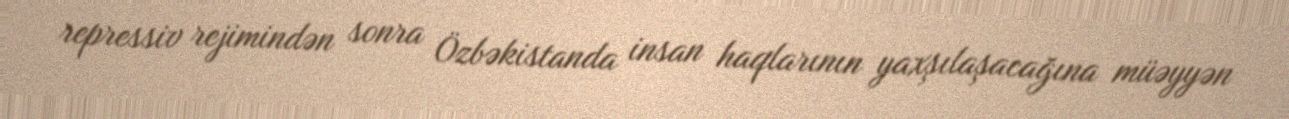
repressiv rejimindən sonra Özbəkistanda insan haqlarının yaxşılaşacağına müəyyən